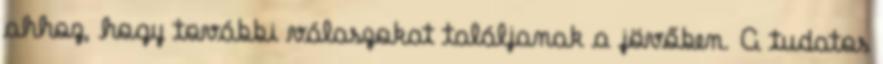
ahhoz, hogy további válaszokat találjanak a jövőben. A tudatos